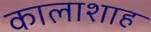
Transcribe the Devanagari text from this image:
कालाशाह